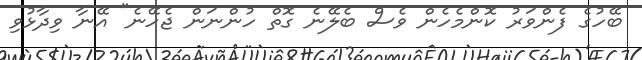
ބޭހުގެ ފެންވަރު ކޮންމެހެން ވެސް ބެލޭނެ ގޮތް ހުންނަން ޖެހޭނެ" އޭނާ ވިދާޅުވި